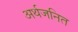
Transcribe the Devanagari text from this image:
अर्थजनित